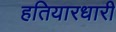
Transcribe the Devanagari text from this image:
हतियारधारी